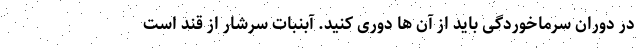
در دوران سرماخوردگی باید از آن ها دوری کنید. آبنبات سرشار از قند است